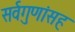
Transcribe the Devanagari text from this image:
सर्वगुणांसह